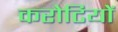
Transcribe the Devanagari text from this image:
करोटियों